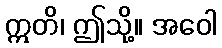
ဣတိ၊ ဤသို့။ အဝေါ